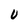
Character: U